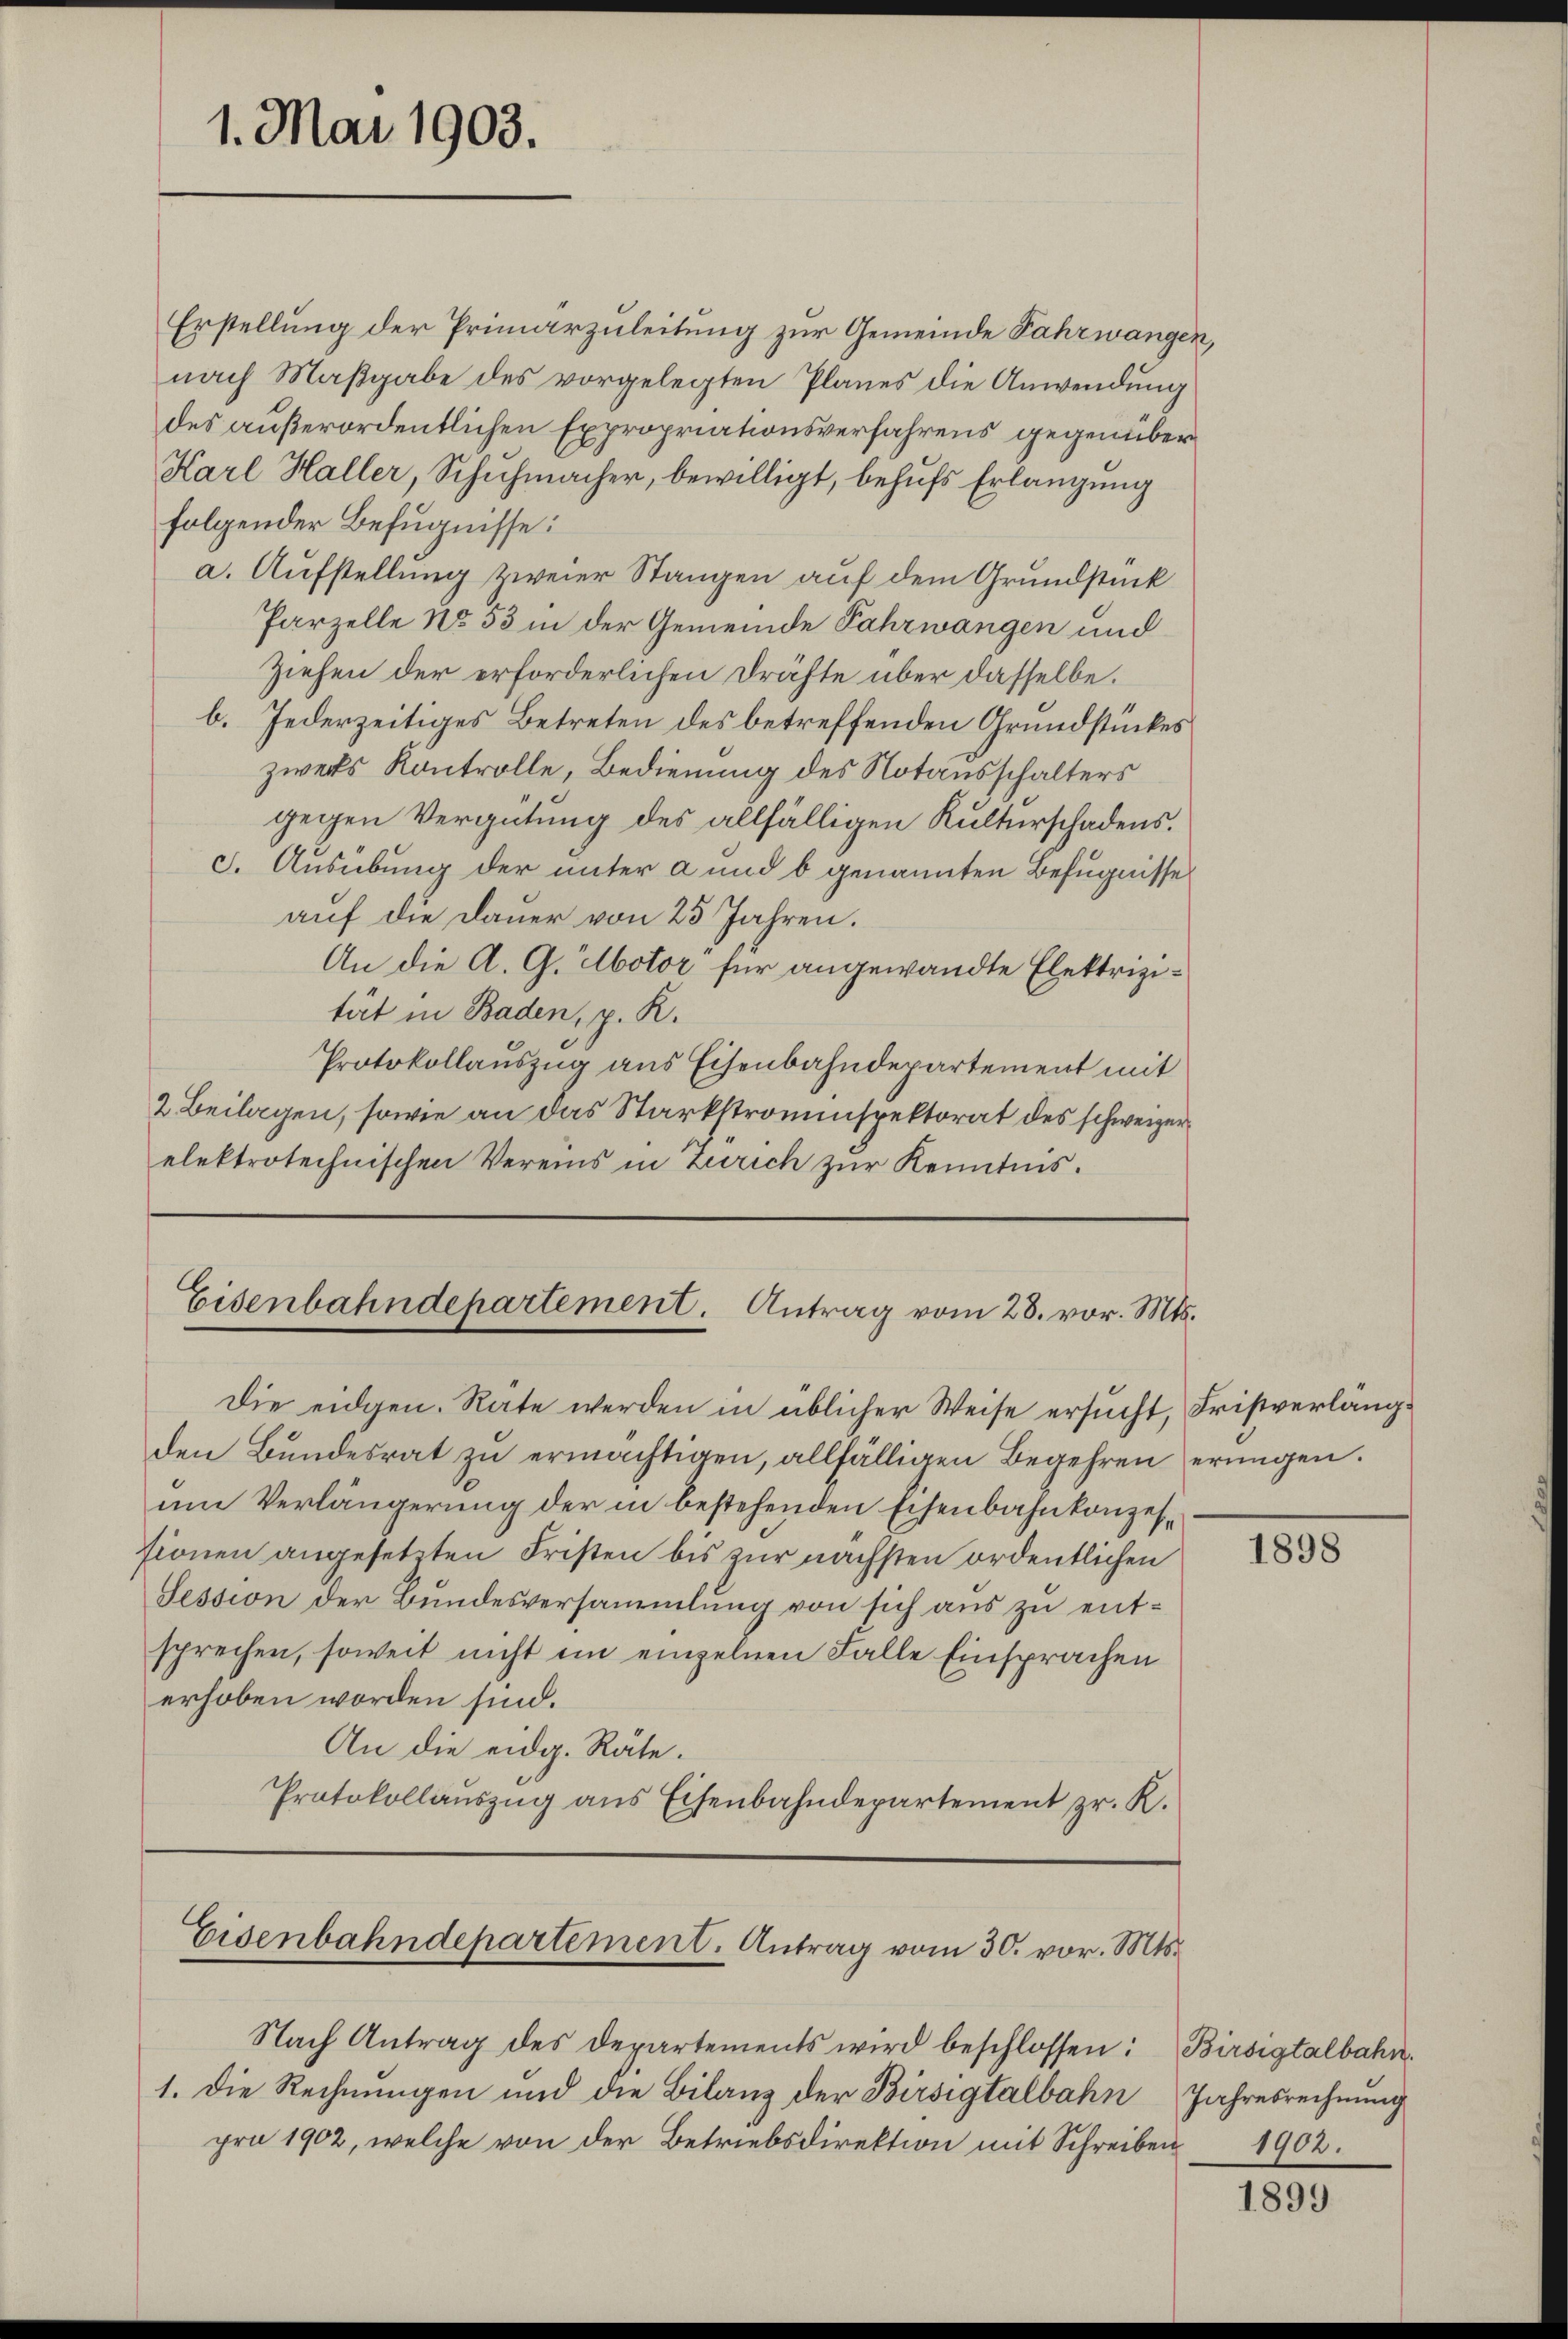
1. Mai 1903.

Erstellung der Primärzuleitung zur Gemeinde Fahrwangen,
nach Maßgabe des vorgelegten Planes die Anwendung
des außerordentlichen Expropriationsverfahrens gegenüber
Karl Haller, Schuhmacher, bewilligt, behufs Erlangung
folgender Befugnisse:
a. Aufstellung zweier Stangen auf dem Grundstück
Parzelle No. 53 in der Gemeinde Fahrwangen und
Ziehen der erforderlichen Drähte über dasselbe.
b. Jederzeitiges Betreten des betreffenden Grundstückes
zwecks Kontrolle, Bedienung des Notausschalters
gegen Vergütung des allfälligen Kulturschadens.
S. Ausübung der unter a und b genannten Befugnisse
auf die Dauer von 25 Jahren.
An die A. G. Motor für angewandte Elektrizität in Baden, p. K.
Protokollauszug aus Eisenbahndepartement mit
2. Beilagen, sowie an das Starkstroninspektorat des schweizer
elektrotechnischen Vereins in Zürich zur Kenntnis.

Eisenbahndepartement. Antrag vom 28. vor. Mts.

Die eidgen. Rate werden in üblicher Weise ersucht, Fristverlängden Bundesrat zu ermächtigen, allfälligen Begehren eringen.
um Verlängerung der in bestehenden Eisenbahnkonzestionen angesetzten Fristen bis zur nächsten ordentlichen
Session der Bundesversammlung von sich aus zu entsprechen, soweit nicht im einzelnen Falle Einsprachen
erhoben worden sind.
An die eidg. Räte.
Protokollauszug aus Eisenbahndepartement zr. K.

Eisenbahndepartement. Antrag vom 30. vor. Mts.

Nach Antrag des Departements wird beschlossen:
1. Die Rechnungen und die Bilanz der Birsigtalbahn
pro 1902, welche von der Betriebsdirektion mit Schreiben 1902.

1898

Birsigtalbahn.
Jahresrechnung

1899